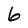
Character: 6